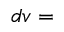
d v =